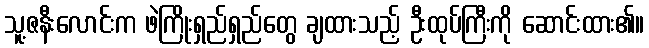
သူ့ဇနီးလောင်းက ဖဲကြိုးရှည်ရှည်တွေ ချထားသည့် ဦးထုပ်ကြီးကို ဆောင်းထား၏။